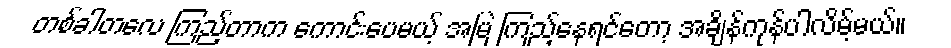
တစ်ခါတလေ ကြည့်တာက ကောင်းပေမယ့် အမြဲ ကြည့်နေရင်တော့ အချိန်ကုန်ပါလိမ့်မယ်။